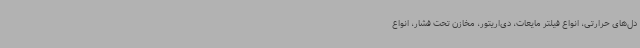
دل‌های حرارتی، انواع فیلتر مایعات، دی‌اریتور، مخازن تحت فشار، انواع